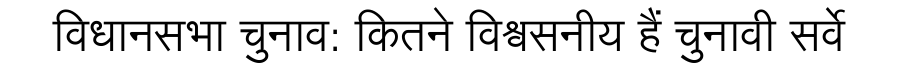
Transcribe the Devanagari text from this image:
विधानसभा चुनाव: कितने विश्वसनीय हैं चुनावी सर्वे